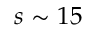
s \sim 1 5